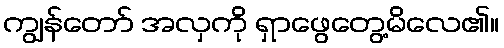
ကျွန်တော် အလှကို ရှာဖွေတွေ့မိလေ၏။